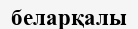
беларқалы